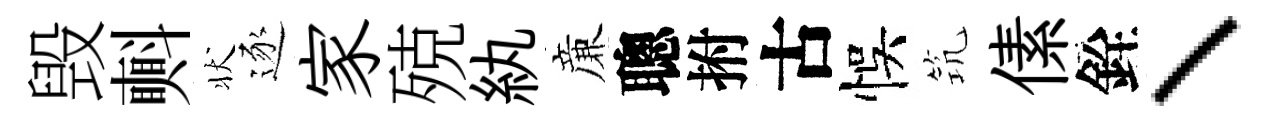
毁㪺状逐家殑紈亷聰拊古悞𥬑傃銓、